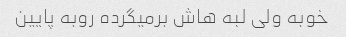
خوبه ولی لبه هاش برمیگرده روبه پایین